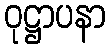
ဝုဋ္ဌာပနာ